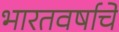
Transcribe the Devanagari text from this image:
भारतवर्षाचे